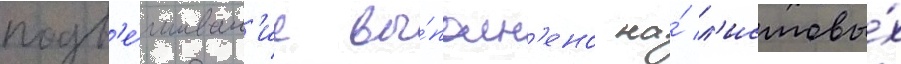
подв'е́шиван'ие вы́полн'ено на́ л'истовы́х